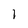
Character: 1